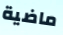
ماضية